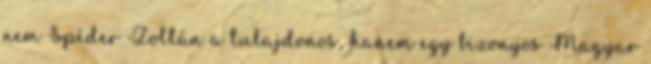
nem Spéder Zoltán a tulajdonos, hanem egy bizonyos Magyar